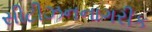
સીટીઝનનાગરીક